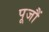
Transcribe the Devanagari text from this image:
पूजौं